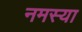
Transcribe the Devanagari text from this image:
नमस्या